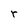
Character: r